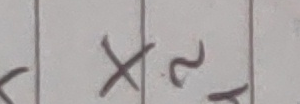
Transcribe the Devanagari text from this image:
The image contains handwritten text.
1.  The first prominent character is an 'X' shape. In the context of "Nepali/Devanagari handwritten text," this is not a standard Devanagari letter. However, it strongly resembles the Latin letter 'x' (often used as a variable) or the multiplication sign '×'. In handwritten notes, these are frequently indistinguishable. Given the common use of 'x' as a variable in mathematical or scientific contexts, it's a plausible interpretation.
2.  The second character is a tilde-like shape '~'. In Devanagari, this shape is clearly identifiable as the short 'u' vowel mark applied to the letter 'र' (ra), forming the syllable 'रु' (ru).

Therefore, the extracted text is a combination of a Latin character/symbol and a Devanagari syllable.

Extracted text: `xरु`